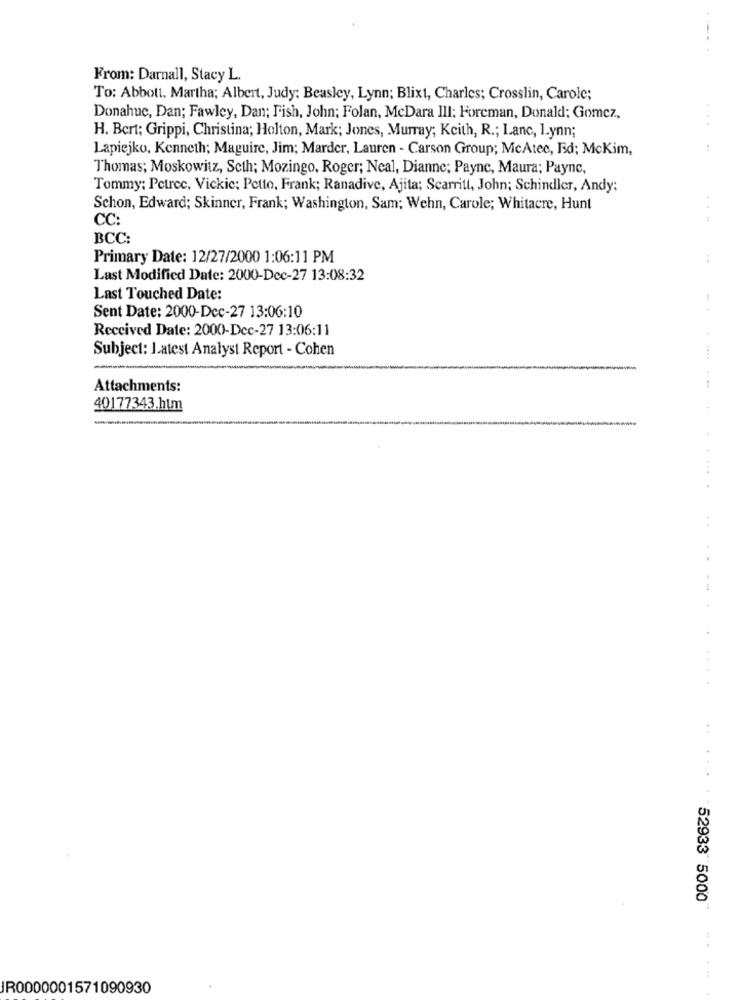
.-..
From: Darnall, Stacy L.
To: Abbott, Martha; Albert, Judy: Beasley, Lynn; Blixt, Charles; Crosslin, Carole;
Donahue, Dan; Fawley, Dan; Fish, John; Folan, McDara III: Foreman, Donald; Gomez,
. .
H. Bert; Grippi, Christina; Holton, Mark; Jones, Murray; Keith, R .; Lanc, 1.ynn;
Lapiejko, Kenneth; Maguire, Jim; Marder, Lauren - Carson Group; McAtee, Ed; McKim,
:
Thomas; Moskowitz, Scth; Mozingo, Roger; Neal, Dianne; Payne, Maura; Payne,
Tommy: Petrec, Vickie; Petto, Frank; Ranadive, Ajita; Scarritt, John; Schindler, Andy;
Schon, Edward; Skinner, Frank; Washington, Sam; Wehn, Carole; Whitacre, Hunt
CC:
.--
BCC:
Primary Date: 12/27/2000 1:06:11 PM
Last Modified Date: 2000-Dec-27 13:08:32
Last Touched Date:
Sent Date: 2000-Dec-27 13:06:10
Received Date: 2000-Dec-27 13:06:11
Subject: Latest Analyst Report - Cohen
Attachments:
--
40177343.htm
--
....
52933 5000"
....
JR0000001571090930